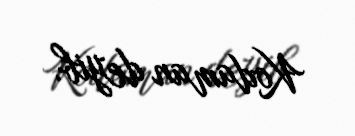
Kodaman deyib.